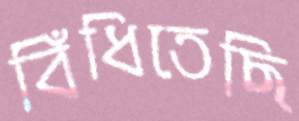
বিঁধিতেছি